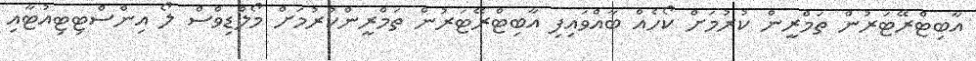
އާބިޓްރޭޓަރުން ތަމްރީން ކުރުމަށް ކޯހެއް ބާއްވައިފި އާބިޓްރޭޓަރުން ތަމްރީންކުރުމަށް މޯލްޑިވްސް ލޯ އިންސްޓިޓިއުޓާއި